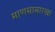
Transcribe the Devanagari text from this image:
माणसासारखा